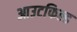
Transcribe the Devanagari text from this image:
आउटफिल्ड